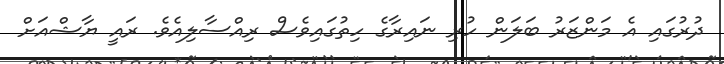
ދުރުގައި އެ މަންޒަރު ބަލަން ހުރި ނައިރާގެ ހިތުގައިވެސް ރިއްސާލިއެވެ. ރައީ ޔާޝްއަށް